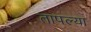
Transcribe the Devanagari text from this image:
तापल्या